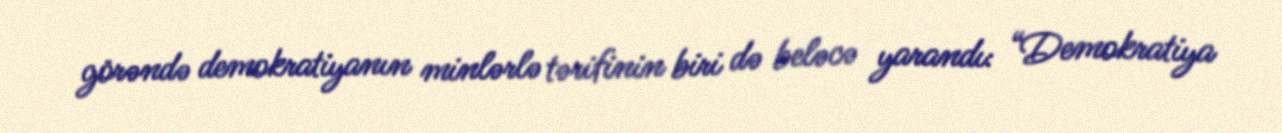
görəndə demokratiyanın minlərlə tərifinin biri də beləcə yarandı: “Demokratiya